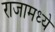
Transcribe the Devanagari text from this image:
राजामध्ये